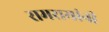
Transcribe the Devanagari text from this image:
रामरायांनी